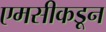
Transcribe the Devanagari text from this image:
एमसीकडून